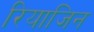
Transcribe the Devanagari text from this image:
रियाजिन